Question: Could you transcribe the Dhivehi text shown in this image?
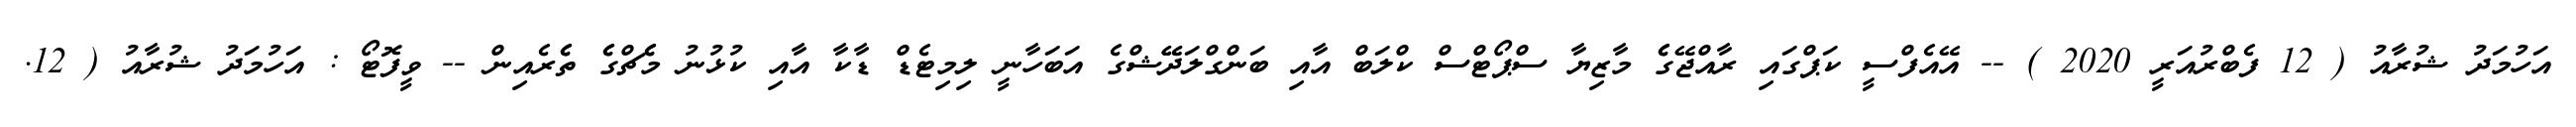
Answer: އަހުމަދު ޝުރާއު ( 12 ފެބްރުއަރީ 2020 ) -- އޭއެފްސީ ކަޕްގައި ރާއްޖޭގެެ މާޒިޔާ ސްޕޯޓްސް ކްލަބް އާއި ބަންގްލަދޭޭޝްގެ އަބަހާނީ ލިމިޓެޑް ޑާކާ އާއި ކުޅުނު މެެޗްގެެ ތެެރެއިން -- ވީފޮޓޯ : އަހުމަދު ޝުރާއު ( 12.